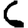
Digit: 6